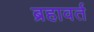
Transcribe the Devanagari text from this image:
ब्रहावर्त